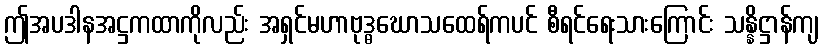
ဤအပဒါနအဋ္ဌကထာကိုလည်း အရှင်မဟာဗုဒ္ဓဃောသထေရ်ကပင် စီရင်ရေးသားကြောင်း သန္နိဋ္ဌာန်ကျ